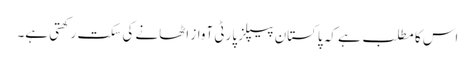
اس کا مطلب ہے کہ پاکستان پیپلز پارٹی آواز اٹھانے کی سکت رکھتی ہے۔